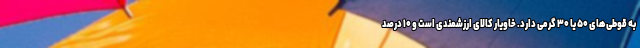
به قوطی‌های ۵۰ یا ۳۰ گرمی دارد. خاویار کالای ارزشمندی است و ۱۰ درصد